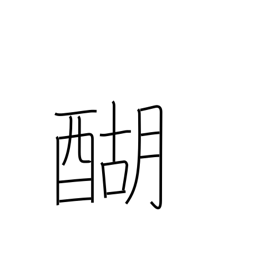
Meaning: boiled butter